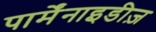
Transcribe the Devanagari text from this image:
पार्मेंनाइडीज़